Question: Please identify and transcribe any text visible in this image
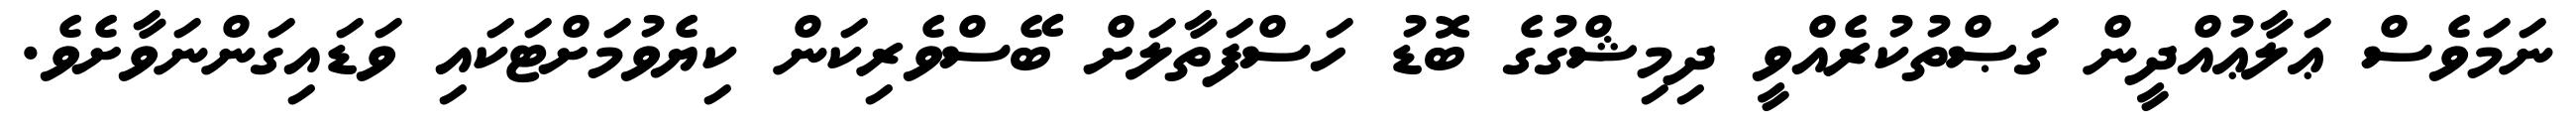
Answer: ނަމަވެސް ޢަލާޢުއްދީން ގަޞްތުކުރެއްވީ ދިމިޝްގުގެ ބޮޑު ހަސްފަތާލަށް ބޭސްވެރިކަން ކިޔެވުމަށްޓަކައި ވަޑައިގަންނަވާށެވެ.